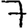
Digit: 7